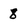
Character: 8